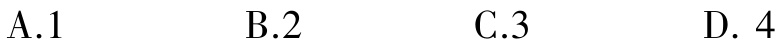
A.1  B.2  C.3  D. 4